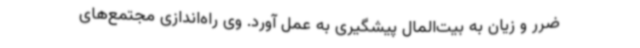
ضرر و زیان به بیت‌المال پیشگیری به عمل آورد. وی راه‌اندازی مجتمع‌های